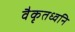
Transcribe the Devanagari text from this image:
वैकृतध्वनि